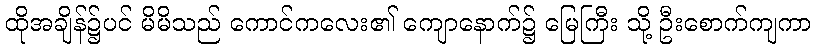
ထိုအချိန်၌ပင် မိမိသည် ကောင်ကလေး၏ ကျောနောက်၌ မြေကြီး သို့ ဦးစောက်ကျကာ